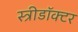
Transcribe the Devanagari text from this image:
स्त्रीडॉक्टर